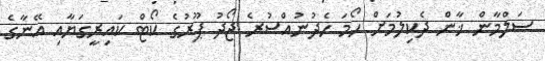
ސަލްމާން ޚާން ދެކިލުމަށް ހޯމަ ހެދުނުއްސުރެ ޖޯދު ޕޫރުގެ ކޯޓް ކައިރީގަޔާއި އޭނާގެ